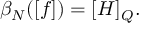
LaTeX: \beta _ { N } ( [ f ] ) = [ H ] _ { Q } .